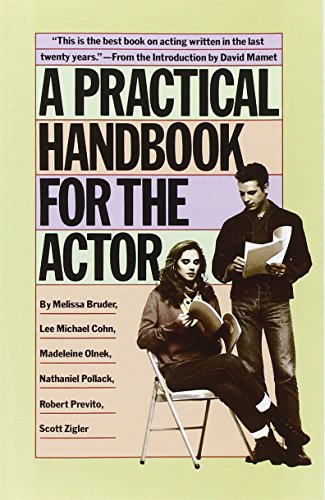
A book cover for A Practical Handbook for the Actor; Melissa Bruder; Humor & Entertainment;